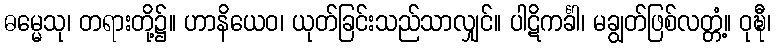
ဓမ္မေသု၊ တရားတို့၌။ ဟာနိယေဝ၊ ယုတ်ခြင်းသည်သာလျှင်။ ပါဋိကင်္ခါ၊ မချွတ်ဖြစ်လတ္တံ့။ ဝုဍ္ဎီ၊